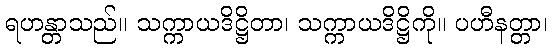
ရဟန္တာသည်။ သက္ကာယဒိဋ္ဌိတာ၊ သက္ကာယဒိဋ္ဌိကို။ ပဟီနတ္တာ၊